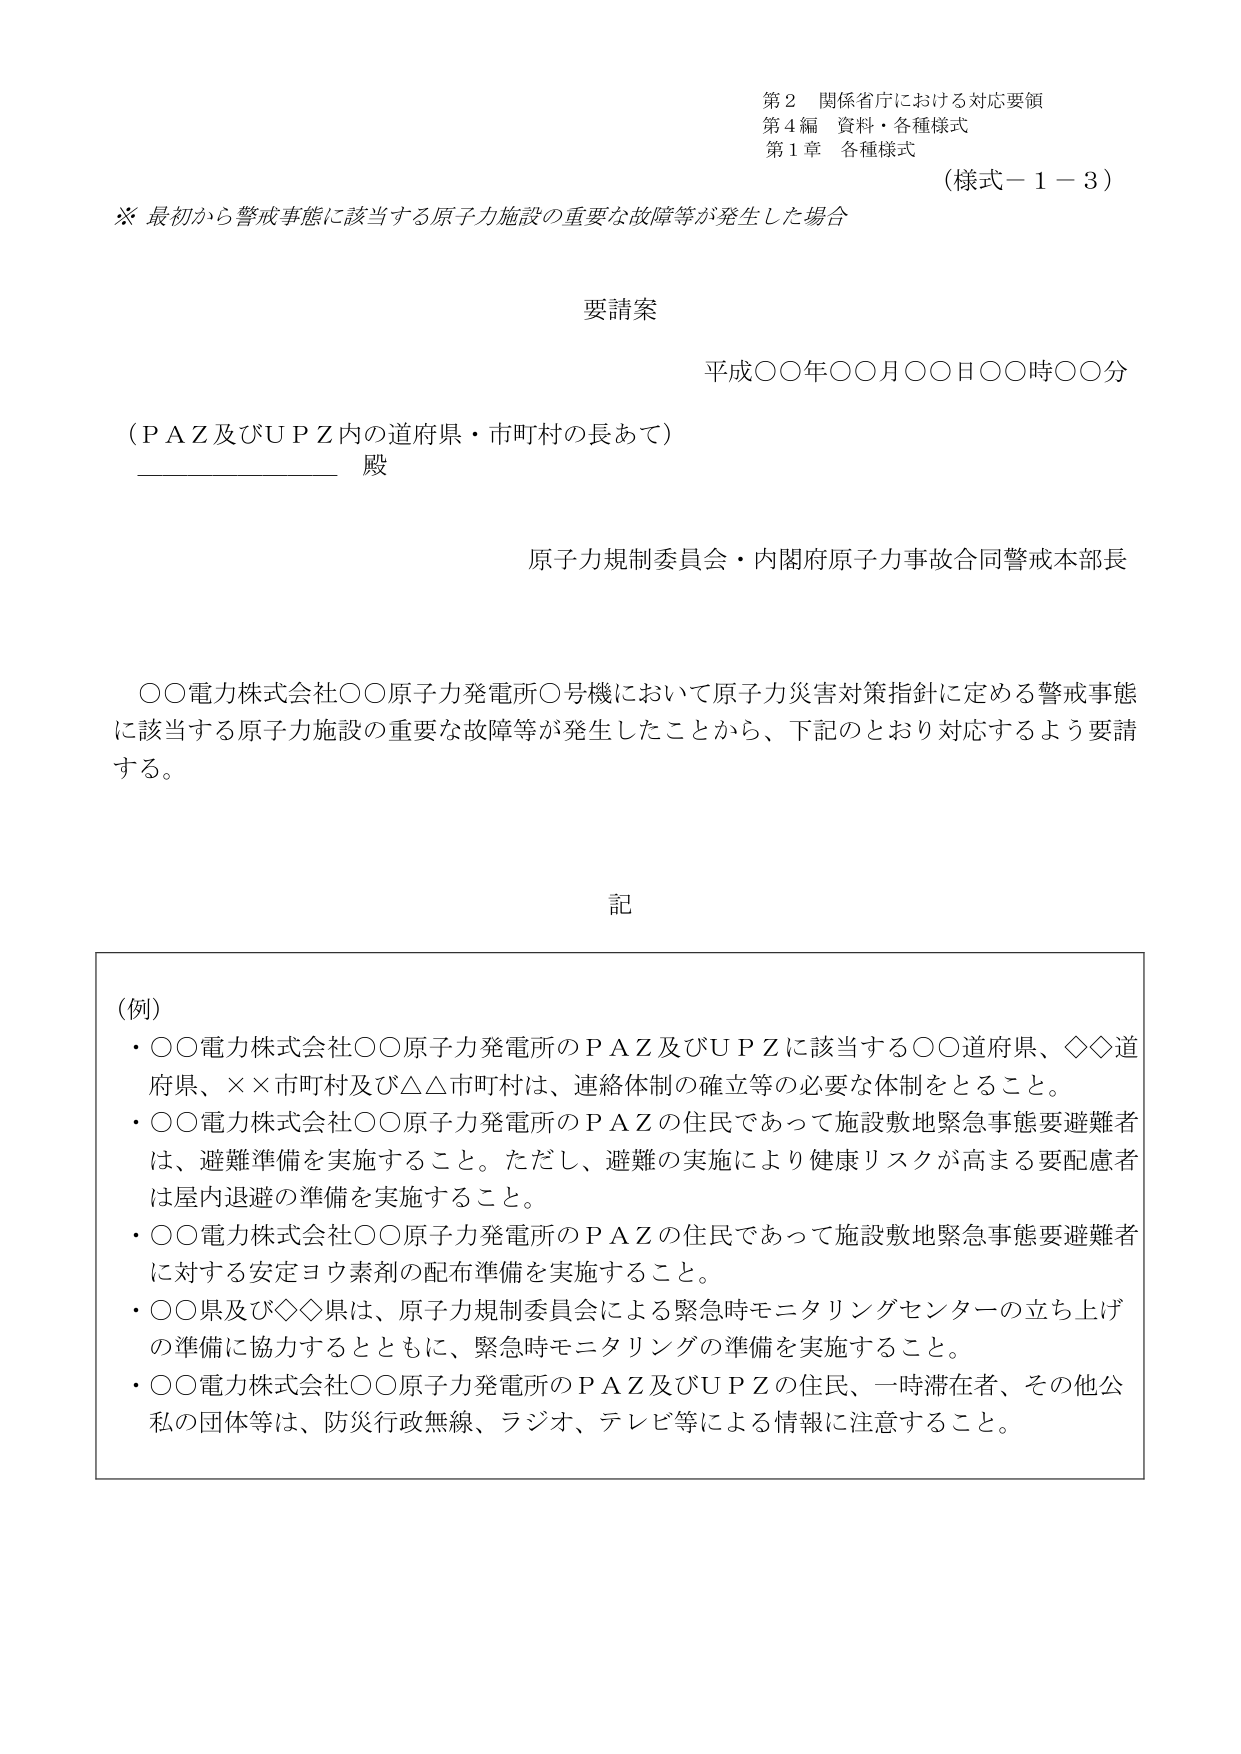
第２ 関係省庁における対応要領
第４編 資料・各種様式
第１章 各種様式
（様式－１－３）

※ 最初から警戒事態に該当する原子力施設の重要な故障等が発生した場合

要請案

平成○○年○○月○○日○○時○○分

（ＰＡＺ及びＵＰＺ内の道府県・市町村の長あて）
__________ 殿

原子力規制委員会・内閣府原子力事故合同警戒本部長

○○電力株式会社○○原子力発電所○号機において原子力災害対策指針に定める警戒事態に該当する原子力施設の重要な故障等が発生したことから、下記のとおり対応するよう要請する。

記

（例）
・○○電力株式会社○○原子力発電所のＰＡＺ及びＵＰＺに該当する○○道府県、◇◇道府県、××市町村及び△△市町村は、連絡体制の確立等の必要な体制をとること。
・○○電力株式会社○○原子力発電所のＰＡＺの住民であって施設敷地緊急事態要避難者は、避難準備を実施すること。ただし、避難の実施により健康リスクが高まる要配慮者は屋内退避の準備を実施すること。
・○○電力株式会社○○原子力発電所のＰＡＺの住民であって施設敷地緊急事態要避難者に対する安定ヨウ素剤の配布準備を実施すること。
・○○県及び◇◇県は、原子力規制委員会による緊急時モニタリングセンターの立ち上げの準備に協力するとともに、緊急時モニタリングの準備を実施すること。
・○○電力株式会社○○原子力発電所のＰＡＺ及びＵＰＺの住民、一時滞在者、その他公私の団体等は、防災行政無線、ラジオ、テレビ等による情報に注意すること。